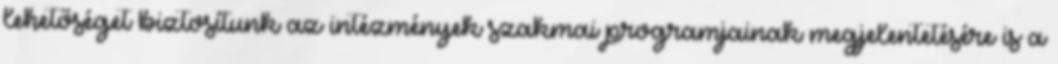
lehetőséget biztosítunk az intézmények szakmai programjainak megjelentetésére is a